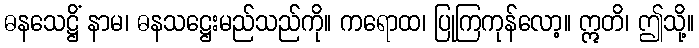
ဓနသေဋ္ဌိံ နာမ၊ ဓနသဋ္ဌေးမည်သည်ကို။ ကရောထ၊ ပြုကြကုန်လော့။ ဣတိ၊ ဤသို့။